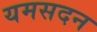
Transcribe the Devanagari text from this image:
यमसदन